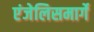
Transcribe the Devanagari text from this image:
एंजेलिसमार्गे